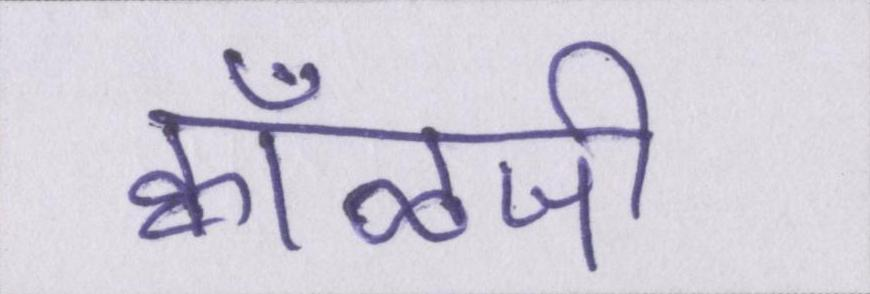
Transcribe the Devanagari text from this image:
क्वाँळजी